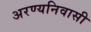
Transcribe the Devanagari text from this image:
अरण्यनिवासी